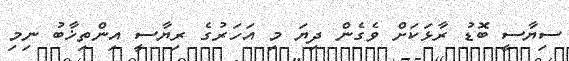
ސިޔާސީ ބޮޑު ރާޅަކަށް ވެގެން ދިޔަ މި އަހަރުގެ ރިޔާސީ އިންތިޚާބު ނިމި